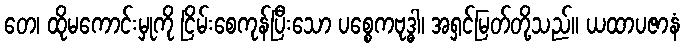
တေ၊ ထိုမကောင်းမှုကို ငြိမ်းစေကုန်ပြီးသော ပစ္စေကဗုဒ္ဓါ၊ အရှင်မြတ်တို့သည်။ ယထာပဇာနံ